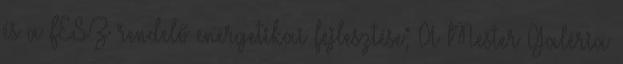
és a FESZ rendelő energetikai fejlesztése; A Mester Galéria